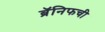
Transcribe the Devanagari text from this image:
ब्रॅनिफची